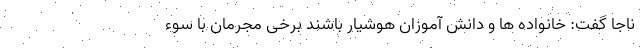
ناجا گفت: خانواده ها و دانش آموزان هوشیار باشند برخی مجرمان با سوء